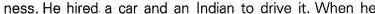
ness. He hired a car and an Indian to drive it. When he